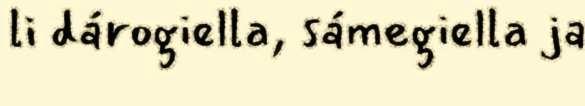
li dárogiella, sámegiella ja